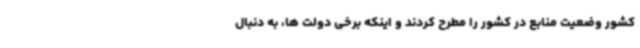
کشور وضعیت منابع در کشور را مطرح کردند و اینکه برخی دولت ها، به دنبال